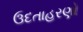
ઉદતાહરણો